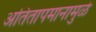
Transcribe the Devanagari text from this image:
अतितापमानामुळे